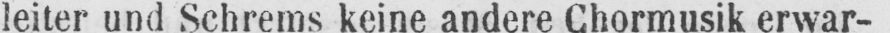
leiter und Schrems keine andere Chormusik erwar-